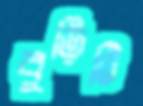
বুড়িটি